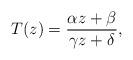
LaTeX: \begin{align*}T(z) = {\alpha z + \beta \over \gamma z + \delta},\end{align*}